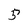
Character: 5